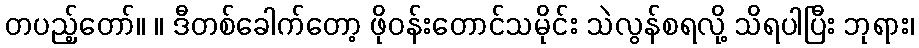
တပည့်တော်။ ။ ဒီတစ်ခေါက်တော့ ဖိုဝန်းတောင်သမိုင်း သဲလွန်စရလို့ သိရပါပြီး ဘုရား၊